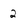
Character: 2